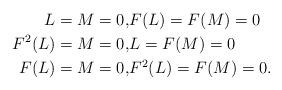
LaTeX: \begin{align*} L = M = 0, &F(L) = F(M) = 0\\F^2(L) = M = 0, &L = F(M) = 0\\F(L) = M =0, &F^2(L) = F(M) = 0.\end{align*}